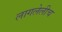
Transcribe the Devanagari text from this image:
लागलेलीच